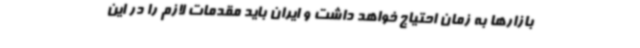
بازارها به زمان احتیاج خواهد داشت و ایران باید مقدمات لازم را در این